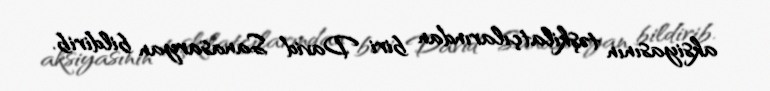
aksiyasının təşkilatçılarından biri David Sanasaryan bildirib.